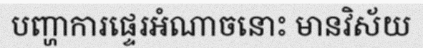
បញ្ហាការផ្ទេរអំណាចនោះ មានវិស័យ